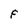
Character: F